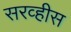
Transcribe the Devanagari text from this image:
सरव्हीस